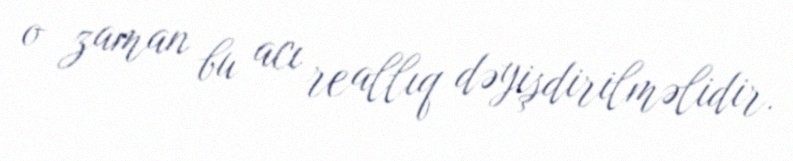
o zaman bu acı reallıq dəyişdirilməlidir.